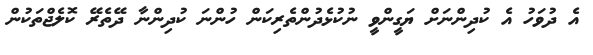
އެ ދުވަހު އެ ކުދިންނަށް ޔަގީންވީ ނުކުޅެދުންތެރިކަން ހުންނަ ކުދިންނާ ދޭތެރޭ ކޮލެޖްތަކުން